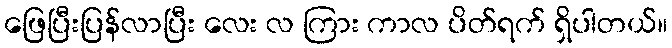
ဖြေပြီးပြန်လာပြီး လေး လ ကြား ကာလ ပိတ်ရက် ရှိပါတယ်။